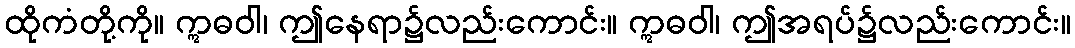
ထိုကံတို့ကို။ ဣဓဝါ၊ ဤနေရာ၌လည်းကောင်း။ ဣဓဝါ၊ ဤအရပ်၌လည်းကောင်း။